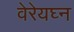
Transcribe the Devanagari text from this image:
वेरेयघ्न